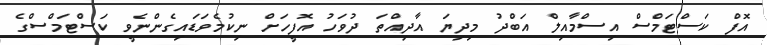
އޮފް ކަސްޓަމްސް އިސްމާއިލް އަބްދު މިދިޔަ އާދިއްތަ ދުވަހު އޮފީހަށް ނިކުމެވަޑައިގެންނެވީ ކަސްޓަމްސްގެ